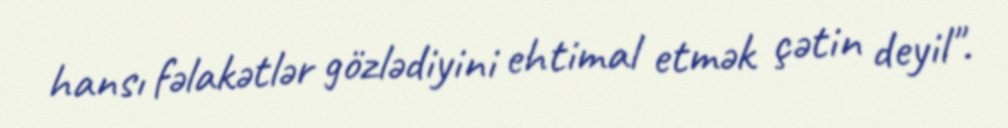
hansı fəlakətlər gözlədiyini ehtimal etmək çətin deyil".